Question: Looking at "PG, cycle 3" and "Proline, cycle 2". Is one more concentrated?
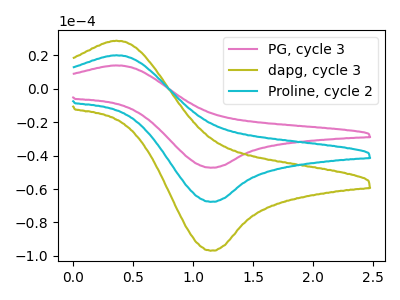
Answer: <think>The pink curve "PG, cycle 3" has an anodic peak at (0.35V, 14.05uA) and a cathodic peak at (1.15V, -47.20uA). The olive curve "dapg, cycle 3" has an anodic peak at (0.35V, 40.20uA) and a cathodic peak at (1.15V, -135.30uA). The cyan curve "Proline, cycle 2" has an anodic peak at (0.35V, 20.10uA) and a cathodic peak at (1.15V, -67.65uA).
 All the peaks in "PG, cycle 3" have a peak in "Proline, cycle 2" at the same potential. Every peak in "PG, cycle 3" is lower than every peak in "Proline, cycle 2".</think>
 <answer>"PG, cycle 3" has less signal than "Proline, cycle 2" and so likely has a lower concentration.</answer>
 <eval>less_concentration</eval>